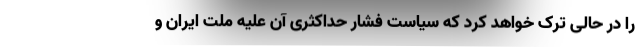
را در حالی ترک خواهد کرد که سیاست فشار حداکثری آن علیه ملت ایران و